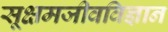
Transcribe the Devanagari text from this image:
सूक्षमजीवविज्ञान